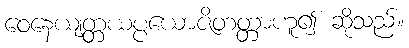
ဝေနေယျတ္တယပ္ပယောဇိတတ္တာဟူ၍ ဆိုသည်။